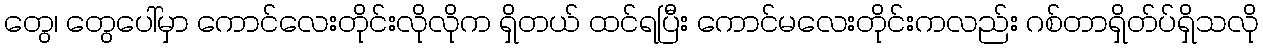
တွေ၊ တွေပေါ်မှာ ကောင်လေးတိုင်းလိုလိုက ရှိတယ် ထင်ရပြီး ကောင်မလေးတိုင်းကလည်း ဂစ်တာရှိတ်ပ်ရှိသလို